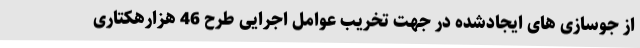
از جوسازی های ایجادشده در جهت تخریب عوامل اجرایی طرح 46 هزارهکتاری